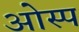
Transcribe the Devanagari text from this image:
ओस्प